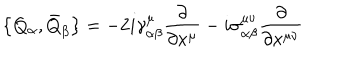
LaTeX: \bigl \{ Q _ { \alpha } , \bar { Q } _ { \beta } \bigr \} = - 2 i \gamma _ { \alpha \beta } ^ { \mu } \frac { \partial } { \partial x ^ { \mu } } - i \sigma _ { \alpha \beta } ^ { \mu \nu } \frac { \partial } { \partial x ^ { \mu \nu } }